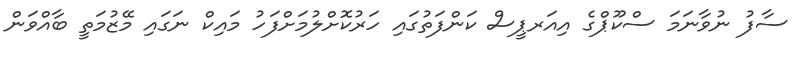
ސާފު ނުވާނަމަ ސްކޫޕްގެ އިއަރޕީސް ކަންފަތުގައި ހަރުކޮށްލުމަށްފަހު މައިކް ނަގައި މޭޒުމަތީ ބާއްވަން